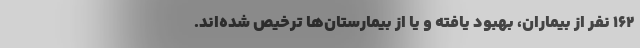
۱۶۲ نفر از بیماران، بهبود یافته و یا از بیمارستان‌ها ترخیص شده‌اند.